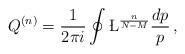
LaTeX: \begin{align*}Q^{(n)} = \frac{1}{2\pi i} \oint \L^{ \frac{n}{N-M} } \frac{dp}{p}\,,\end{align*}